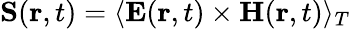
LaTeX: {\mathbf S}({\mathbf r,t})=\langle{\mathbf E}({\mathbf r,t})\times{\mathbf H}({\mathbf r,t})\rangle_{T}